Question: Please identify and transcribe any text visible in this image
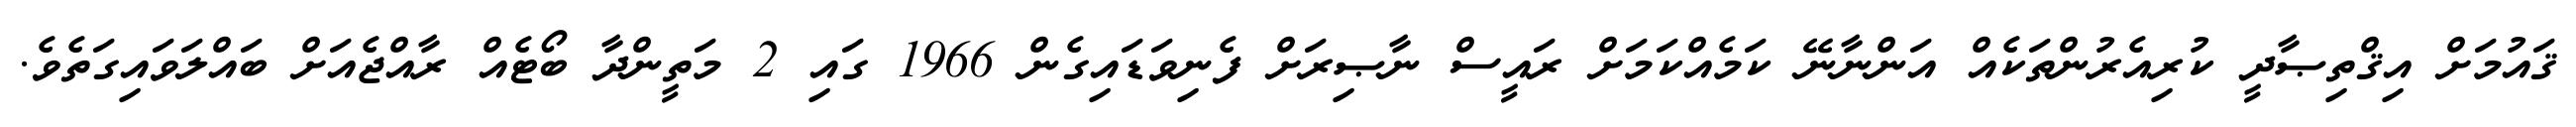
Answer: ޤައުމަށް އިޤްތިޞާދީ ކުރިއެރުންތަކެއް އަންނާނޭ ކަމެއްކަމަށް ރައީސް ނާޞިރަށް ފެނިވަޑައިގެން 1966 ގައި 2 މަތީންދާ ބޯޓެއް ރާއްޖެއަށް ބައްލަވައިގަތެވެ.